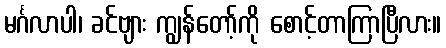
မင်္ဂလာပါ၊ ခင်ဗျား ကျွန်တော့်ကို စောင့်တာကြာပြီလား။